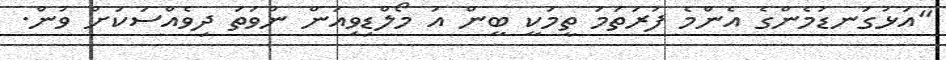
"އަޅުގަަނޑުމެންގެ އެންމެ ފުރަތަމަ ތީމަކީ ބީން އަ މޯލްޑިވިއަން ނުވަތަ ދިވެއްސަކަށް ވުން.